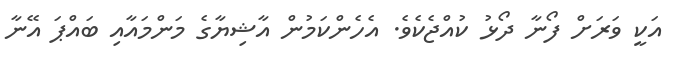
އަކީ ވަރަށް ފޯނާ ދޯޅު ކުއްޖެކެވެ. އެހެންކަމުން އާޝިޔާގެ މަންމައާއި ބައްޕަ އޭނާ